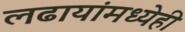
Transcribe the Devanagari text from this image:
लढायांमध्येही